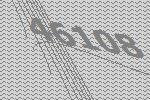
46108